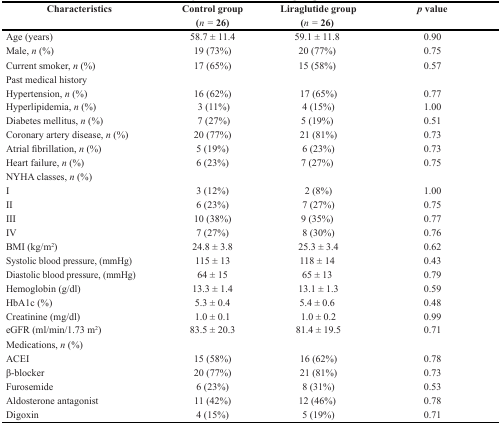
<table><thead><tr><td><b>Characteristics</b></td><td><b>Control group (<i>n =</i> 26)</b></td><td><b>Liraglutide group (<i>n =</i> 26)</b></td><td><b><i>p</i> value</b></td></tr></thead><tbody><tr><td>Age (years)</td><td>58.7 ± 11.4</td><td>59.1 ± 11.8</td><td>0.90</td></tr><tr><td>Male, <i>n</i> (%)</td><td>19 (73%)</td><td>20 (77%)</td><td>0.75</td></tr><tr><td>Current smoker, <i>n</i> (%)</td><td>17 (65%)</td><td>15 (58%)</td><td>0.57</td></tr><tr><td>Past medical history</td><td></td><td></td><td></td></tr><tr><td>Hypertension, <i>n</i> (%)</td><td>16 (62%)</td><td>17 (65%)</td><td>0.77</td></tr><tr><td>Hyperlipidemia, <i>n</i> (%)</td><td>3 (11%)</td><td>4 (15%)</td><td>1.00</td></tr><tr><td>Diabetes mellitus, <i>n</i> (%)</td><td>7 (27%)</td><td>5 (19%)</td><td>0.51</td></tr><tr><td>Coronary artery disease, <i>n</i> (%)</td><td>20 (77%)</td><td>21 (81%)</td><td>0.73</td></tr><tr><td>Atrial fibrillation, <i>n</i> (%)</td><td>5 (19%)</td><td>6 (23%)</td><td>0.73</td></tr><tr><td>Heart failure, <i>n</i> (%)</td><td>6 (23%)</td><td>7 (27%)</td><td>0.75</td></tr><tr><td>NYHA classes, <i>n</i> (%)</td><td></td><td></td><td></td></tr><tr><td>I</td><td>3 (12%)</td><td>2 (8%)</td><td>1.00</td></tr><tr><td>II</td><td>6 (23%)</td><td>7 (27%)</td><td>0.75</td></tr><tr><td>III</td><td>10 (38%)</td><td>9 (35%)</td><td>0.77</td></tr><tr><td>IV</td><td>7 (27%)</td><td>8 (30%)</td><td>0.76</td></tr><tr><td>BMI (kg/m<sup>2</sup>)</td><td>24.8 ± 3.8</td><td>25.3 ± 3.4</td><td>0.62</td></tr><tr><td>Systolic blood pressure, (mmHg)</td><td>115 ± 13</td><td>118 ± 14</td><td>0.43</td></tr><tr><td>Diastolic blood pressure, (mmHg)</td><td>64 ± 15</td><td>65 ± 13</td><td>0.79</td></tr><tr><td>Hemoglobin (g/dl)</td><td>13.3 ± 1.4</td><td>13.1 ± 1.3</td><td>0.59</td></tr><tr><td>HbA1c (%)</td><td>5.3 ± 0.4</td><td>5.4 ± 0.6</td><td>0.48</td></tr><tr><td>Creatinine (mg/dl)</td><td>1.0 ± 0.1</td><td>1.0 ± 0.2</td><td>0.99</td></tr><tr><td>eGFR (ml/min/1.73 m<sup>2</sup>)</td><td>83.5 ± 20.3</td><td>81.4 ± 19.5</td><td>0.71</td></tr><tr><td>Medications, <i>n</i> (%)</td><td></td><td></td><td></td></tr><tr><td>ACEI</td><td>15 (58%)</td><td>16 (62%)</td><td>0.78</td></tr><tr><td>β-blocker</td><td>20 (77%)</td><td>21 (81%)</td><td>0.73</td></tr><tr><td>Furosemide</td><td>6 (23%)</td><td>8 (31%)</td><td>0.53</td></tr><tr><td>Aldosterone antagonist</td><td>11 (42%)</td><td>12 (46%)</td><td>0.78</td></tr><tr><td>Digoxin</td><td>4 (15%)</td><td>5 (19%)</td><td>0.71</td></tr></tbody></table>